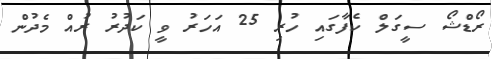
ރޯޑްޝޯ ސީގަލް ކެފާގައި ހުރި 25 އަހަރު ވީ ކަދުރު ރުއް މެދުން